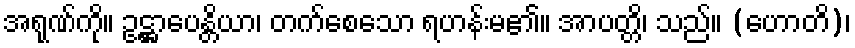
အရုဏ်ကို။ ဥဋ္ဌာပေန္တိယာ၊ တက်စေသော ရဟန်းမ၏။ အာပတ္တိ၊ သည်။ (ဟောတိ)၊